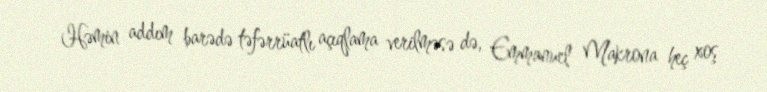
Həmin addım barədə təfərrüatlı açıqlama verilməsə də, Emmanuel Makrona heç xoş